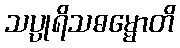
သပ္ပုရိသဓမ္မောတိ